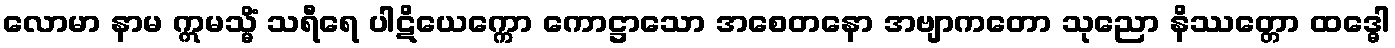
လောမာ နာမ ဣမသ္မိံ သရီရေ ပါဋိယေက္ကော ကောဋ္ဌာသော အစေတနော အဗျာကတော သုညော နိဿတ္တော ထဒ္ဓေါ